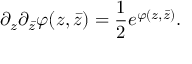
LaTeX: \partial _ { z } \partial _ { \bar { z } } \varphi ( z , \bar { z } ) = { \frac { 1 } { 2 } } e ^ { \varphi ( z , \bar { z } ) } .